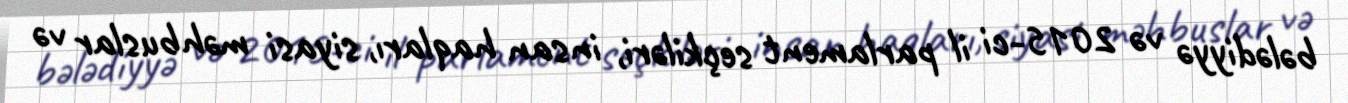
bələdiyyə və 2015-ci il parlament seçkiləri, insan haqları, siyasi məhbuslar və